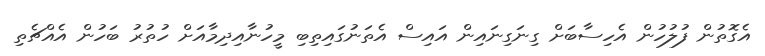
އެގޮތުން ފުލުހުން އެހިސާބަށް ގިނަގިނައިން އައިސް އެތަނުގައިތިބި މީހުނާއިދިމާއަށް ހުތުރު ބަހުން އެއްޗެތި